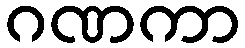
ဂဏကာ